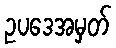
ဥပဒေအမှတ်